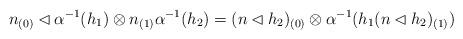
LaTeX: \begin{align*}n_{(0)}\lhd\alpha^{-1}(h_1)\otimes n_{(1)}\alpha^{-1}(h_2)=(n\lhd h_2)_{(0)}\otimes\alpha^{-1}(h_1(n\lhd h_2)_{(1)})\end{align*}